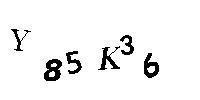
Y85K36